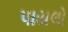
પાયલો